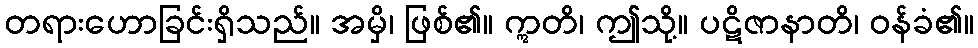
တရားဟောခြင်းရှိသည်။ အမှိ၊ ဖြစ်၏။ ဣတိ၊ ဤသို့။ ပဋိဇာနာတိ၊ ဝန်ခံ၏။